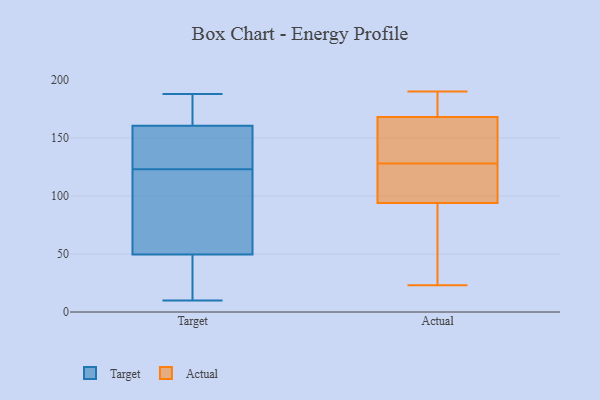
{"axis": {"x": "Energy Usage (MWh)", "y": "Value"}, "legend": ["Actual", "Target"], "data": [{"x": "", "y": 57, "type": "Target"}, {"x": "", "y": 18, "type": "Target"}, {"x": "", "y": 91, "type": "Target"}, {"x": "", "y": 47, "type": "Target"}, {"x": "", "y": 128, "type": "Target"}, {"x": "", "y": 163, "type": "Target"}, {"x": "", "y": 123, "type": "Target"}, {"x": "", "y": 10, "type": "Target"}, {"x": "", "y": 187, "type": "Target"}, {"x": "", "y": 153, "type": "Target"}, {"x": "", "y": 188, "type": "Target"}, {"x": "", "y": 99, "type": "Actual"}, {"x": "", "y": 91, "type": "Actual"}, {"x": "", "y": 131, "type": "Actual"}, {"x": "", "y": 70, "type": "Actual"}, {"x": "", "y": 176, "type": "Actual"}, {"x": "", "y": 172, "type": "Actual"}, {"x": "", "y": 23, "type": "Actual"}, {"x": "", "y": 94, "type": "Actual"}, {"x": "", "y": 155, "type": "Actual"}, {"x": "", "y": 125, "type": "Actual"}, {"x": "", "y": 168, "type": "Actual"}, {"x": "", "y": 190, "type": "Actual"}, {"x": "", "y": 151, "type": "Actual"}, {"x": "", "y": 98, "type": "Actual"}]}